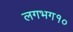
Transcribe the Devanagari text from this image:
लगभग१०